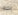
به